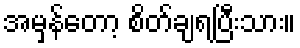
အမှန်တော့ စိတ်ချရပြီးသား။